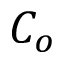
C _ { o }